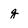
Character: g